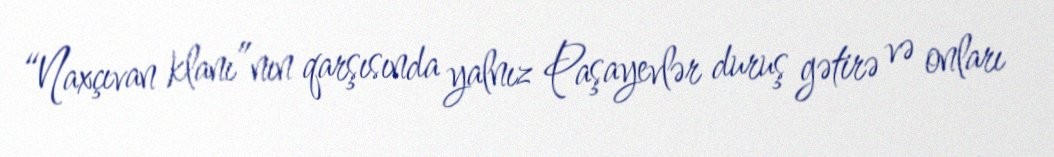
“Naxçıvan klanı”nın qarşısında yalnız Paşayevlər duruş gətirə və onları